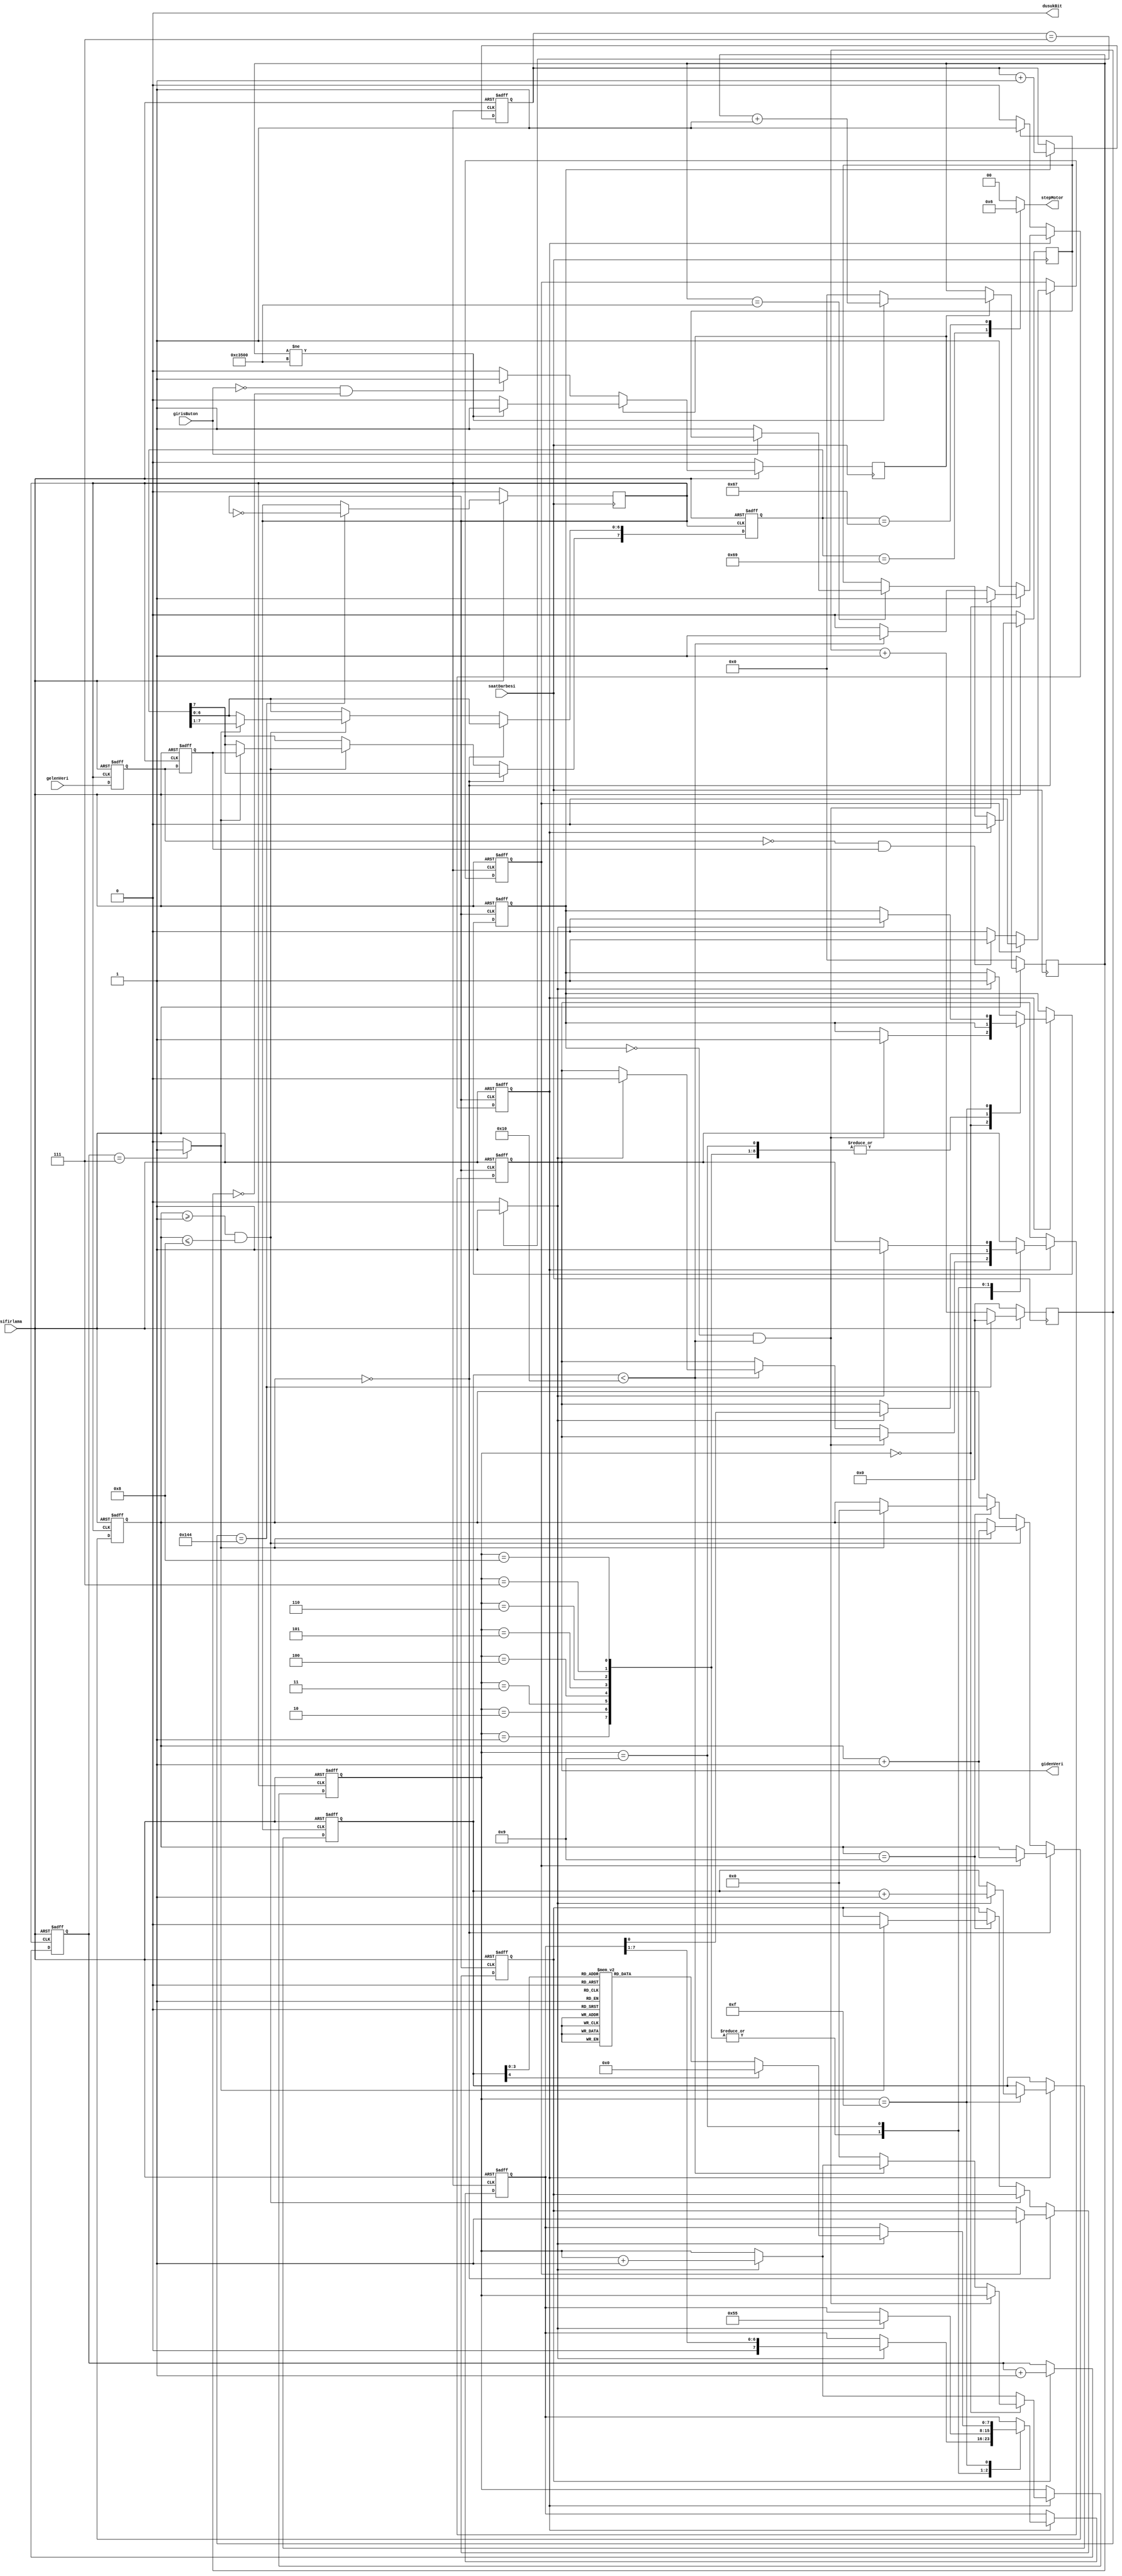
/*******************************************************************************
 * @dosya    Seri Haberleme(RS232 serial) Uygulamas
 * @yazar    Erkan L
 * @srm    V0.0.1
 * @tarih    04-Eyll-2016
 * @zet     Cyclone IV EP4CE6 FPGA Seri Haberleme Uygulamas 
 * 
 * Bu rnek uygulamada, Cyclone IV EP4CE6 FPGA kartn ile Seri Haberleme balants
 * retilecek, bu durumlar Display Gsterge zerinde gsterilecektir edilecektir. 
 ******************************************************************************
 *
 * Bu program zgr yazlmdr: zgr Yazlm Vakf tarafndan yaymlanan GNU 
 * Getkinel Kamu Lisansnn srm 3 ya da (isteinize bal olarak) daha sonraki
 * srmlerinin hkmleri altnda yeniden databilir ve/veya deitirebilirsiniz.
 *
 ******************************************************************************/
module seriHaberlesme(saatDarbesi,sifirlama,gelenVeri,gidenVeri,stepMotor,girisButon,dusukBit);
// seriHaberlesme MODL TANIMI

//-------------Giri Portlar-----------------------------
input 				saatDarbesi,sifirlama;
input 				gelenVeri;
input 				girisButon;

//-------------k Portlar-----------------------------
output[1:0]			stepMotor;
output 				gidenVeri;
output 				dusukBit;

//-------------Parametre Tanmlamalar--------------------
parameter 
	baudBolmeSabiti=16'h145, 	//9600 Baud iin(saatDarbesi 50MHz)
//	baudBolmeSabiti=16'h51, 	//38400 Baud iin(saatDarbesi 50MHz)
//	baudBolmeSabiti=16'hC3, 	//16016 Baud iin(saatDarbesi 50MHz)
	durumi=8'h69,					//i durum stepMotor saat 
	durumg=8'h67;					//2. durum


//-------------k Portlar Veri Tipleri------------------ 
// k portlar bellek eleman(reg-yazma) veya bir tel olabilir	
reg[15:0] 				bolmeKaydedici;
reg[2:0]  				bol8gideniKaydedici;
reg[2:0]  				bol8gelenKaydedici;
reg[3:0] 				gidenDurumu;
reg[3:0] 				gelenDurumu;
reg[7:0] 				gelenVeriTampon;
reg[7:0] 				gidenVeriTampon;
reg[4:0] 				gondermeDurumu;
reg[19:0] 				beklemeSayaci;
reg[1:0] 				stepMotor;

reg 					gidenBaudSaatDarbesi;
reg 					gelenBaudSaatDarbesi;
reg 					baudx8SaatDarbesi;
reg 					gelenBasla;
reg 					gelenBaslaGecici;
reg 					gidenBasla;
reg 					gelenVeriKaydedici1;
reg 					gelenVeriKaydedici2;
reg 					gidenVeriKaydedici;
reg 					beklemeSayaciBasla;
reg 					butonGiris1,butonGiris2;

//-------------Dorusal Tanmlamalar-------------------------
assign gidenVeri=gidenVeriKaydedici;
assign dusukBit=0;

//------------Kod Burada Balamaktadr------------------------- 
// Ana dng blou
// Bu saya ykselen kenar tetiklemeli olduundan,
// Bu blou saatin ykselen kenarna gre tetikleyeceiz.
always@(posedge saatDarbesi)
begin
	if(!sifirlama) 
	begin 
		beklemeSayaci<=0;
		beklemeSayaciBasla<=0;
	 end
	else if(beklemeSayaciBasla) 
	begin
		if(beklemeSayaci!=20'd800000) 
		begin
			beklemeSayaci<=beklemeSayaci+1;
		 end
		else begin
			beklemeSayaci<=0;
			beklemeSayaciBasla<=0;
		 end
	 end
	else begin
		if(!girisButon&&beklemeSayaci==0)
				beklemeSayaciBasla<=1;
	 end
end

always@(posedge saatDarbesi)
begin
	if(!sifirlama) 
		butonGiris1<=0;
	else begin
		if(butonGiris2)
			butonGiris1<=0;
		else if(beklemeSayaci==20'd800000) 
		begin
			if(!girisButon)
				butonGiris1<=1;
		 end
	 end
end

always@(posedge saatDarbesi )
begin
	if(!sifirlama)
		bolmeKaydedici<=0;
	else begin
		if(bolmeKaydedici==baudBolmeSabiti-1)
			bolmeKaydedici<=0;
		else
			bolmeKaydedici<=bolmeKaydedici+1;
	 end
end

always@(posedge saatDarbesi)
begin
	if(!sifirlama)
		baudx8SaatDarbesi<=0;
	else if(bolmeKaydedici==baudBolmeSabiti-1)
		baudx8SaatDarbesi<=~baudx8SaatDarbesi;
end


always@(posedge baudx8SaatDarbesi or negedge sifirlama)
begin
	if(!sifirlama)
		bol8gelenKaydedici<=0;
	else if(gelenBasla)
		bol8gelenKaydedici<=bol8gelenKaydedici+1;
end

always@(posedge baudx8SaatDarbesi or negedge sifirlama)
begin
	if(!sifirlama)
		bol8gideniKaydedici<=0;
	else if(gidenBasla)
		bol8gideniKaydedici<=bol8gideniKaydedici+1;
end

always@(bol8gelenKaydedici)
begin
	if(bol8gelenKaydedici==7)
		gelenBaudSaatDarbesi=1;
	else
		gelenBaudSaatDarbesi=0;
end

always@(bol8gideniKaydedici)
begin
	if(bol8gideniKaydedici==7)
		gidenBaudSaatDarbesi=1;
	else
		gidenBaudSaatDarbesi=0;
end
// Bilgisayara Bilgi Gnderme
always@(posedge baudx8SaatDarbesi or negedge sifirlama)
begin
	if(!sifirlama) begin
		gidenVeriKaydedici<=1;
		gidenBasla<=0;
		gidenVeriTampon<=0;
		gidenDurumu<=0;
		gondermeDurumu<=0;
		butonGiris2<=0;
	 end
	else begin
		if(!butonGiris2) 
		begin
			if(butonGiris1) 
			begin
				butonGiris2<=1;
			 end
		 end
		else  begin
			case(gidenDurumu)
				4'b0000: begin  //BALAMA Biti
					if(!gidenBasla&&gondermeDurumu<16) 
						gidenBasla<=1;
					else if(gondermeDurumu<16) 
					begin
						if(gidenBaudSaatDarbesi) 
						begin
							gidenVeriKaydedici<=0;
							gidenDurumu<=gidenDurumu+1;
						 end
					 end
					else begin
						butonGiris2<=0;
						gidenDurumu<=0;
					 end					
				end		
				4'b0001: begin //0. Giden Bit
					if(gidenBaudSaatDarbesi) 
					begin
						gidenVeriKaydedici<=gidenVeriTampon[0];
						gidenVeriTampon[7:0]<=gidenVeriTampon[7:1];
						gidenDurumu<=gidenDurumu+1;
					 end
				 end
				4'b0010: begin //1. Giden Bit
					if(gidenBaudSaatDarbesi) 
					begin
						gidenVeriKaydedici<=gidenVeriTampon[0];
						gidenVeriTampon[7:0]<=gidenVeriTampon[7:1];
						gidenDurumu<=gidenDurumu+1;
					 end
				 end
				 4'b0011: begin //2. Giden Bit
				 	if(gidenBaudSaatDarbesi) 
					begin
						gidenVeriKaydedici<=gidenVeriTampon[0];
						gidenVeriTampon[7:0]<=gidenVeriTampon[7:1];
						gidenDurumu<=gidenDurumu+1;
					 end
				 end
				4'b0100: begin //3. Giden Bit
					if(gidenBaudSaatDarbesi) 
					begin
						gidenVeriKaydedici<=gidenVeriTampon[0];
						gidenVeriTampon[7:0]<=gidenVeriTampon[7:1];
						gidenDurumu<=gidenDurumu+1;
					 end
				 end
				4'b0101: begin //4. Giden Bit
					if(gidenBaudSaatDarbesi) 
					begin
						gidenVeriKaydedici<=gidenVeriTampon[0];
						gidenVeriTampon[7:0]<=gidenVeriTampon[7:1];
						gidenDurumu<=gidenDurumu+1;
					 end
				 end
				4'b0110: begin //5. Giden Bit
					if(gidenBaudSaatDarbesi) 
					begin
						gidenVeriKaydedici<=gidenVeriTampon[0];
						gidenVeriTampon[7:0]<=gidenVeriTampon[7:1];
						gidenDurumu<=gidenDurumu+1;
					 end
				 end
				4'b0111: begin //6. Giden Bit
					if(gidenBaudSaatDarbesi) 
					begin
						gidenVeriKaydedici<=gidenVeriTampon[0];
						gidenVeriTampon[7:0]<=gidenVeriTampon[7:1];
						gidenDurumu<=gidenDurumu+1;
					 end
				 end
				4'b1000: begin //7. Giden Bit
					if(gidenBaudSaatDarbesi) 
					begin
						gidenVeriKaydedici<=gidenVeriTampon[0];
						gidenVeriTampon[7:0]<=gidenVeriTampon[7:1];
						gidenDurumu<=gidenDurumu+1;
					 end
				 end
				4'b1001: begin //BTRME Biti
					if(gidenBaudSaatDarbesi) 
					begin
						gidenVeriKaydedici<=1;
						gidenVeriTampon<=8'h55;
						gidenDurumu<=gidenDurumu+1;
					 end
				 end
				4'b1111:begin 
					if(gidenBaudSaatDarbesi) 
					begin
						gidenDurumu<=gidenDurumu+1;
						gondermeDurumu<=gondermeDurumu+1;
						gidenBasla<=0;
						case(gondermeDurumu)
							4'b0000:
								gidenVeriTampon<=8'd77;		//"M"
							4'b0001:
								gidenVeriTampon<=8'd101;	//"e"
							4'b0010:
								gidenVeriTampon<=8'd114;	//"r"
							4'b0011:
								gidenVeriTampon<=8'd104;	//"h"
							4'b0100:
								gidenVeriTampon<=8'd97;		//"a"
							4'b0101:
								gidenVeriTampon<=8'd98;		//"b"
							4'b0110:
								gidenVeriTampon<=8'd97;		//"a"
							4'b0111:
								gidenVeriTampon<=8'd32;	//"Boluk"
							4'b1000:
								gidenVeriTampon<=8'd68;		//"D"
							4'b1001:
								gidenVeriTampon<=8'd117;	//"u"
							4'b1010:
								gidenVeriTampon<=8'd110;	//"n"
							4'b1011:
								gidenVeriTampon<=8'd121;	//"y"
							4'b1100:
								gidenVeriTampon<=8'd97;		//"a"
							4'b1101:
								gidenVeriTampon<=8'd10;		//"yeniSatr"
							4'b1110:
								gidenVeriTampon<=8'd13;		//"satrBa/carriageReturn"
							default:
								gidenVeriTampon<=0;
						 endcase
					 end
				 end
				default: begin
					if(gidenBaudSaatDarbesi) 
					begin
						gidenDurumu<=gidenDurumu+1;
						gidenBasla<=1;
					 end
				 end
			 endcase
		 end
	 end
end
// Bilgisayardan Gelen Bilgiyi karlama 
always@(posedge baudx8SaatDarbesi or negedge sifirlama)
begin
	if(!sifirlama) 
	begin
		gelenVeriKaydedici1<=0;
		gelenVeriKaydedici2<=0;
		gelenVeriTampon<=0;
		gelenDurumu<=0;
		gelenBasla<=0;
		gelenBaslaGecici<=0;
	 end
	else  begin
		 gelenVeriKaydedici1<=gelenVeri;
		 gelenVeriKaydedici2<=gelenVeriKaydedici1;
		 if(gelenDurumu==0) 
		 begin
			 if(gelenBaslaGecici==1) 
			 begin
		 		gelenBasla<=1;
		 		gelenBaslaGecici<=0;
				gelenDurumu<=gelenDurumu+1;
		  	  end
		 	 else if(!gelenVeriKaydedici1&&gelenVeriKaydedici2)
				gelenBaslaGecici<=1;
		   end
		 else if(gelenDurumu>=1&&gelenDurumu<=8) 
		 begin
		 	 if(gelenBaudSaatDarbesi) 
			 begin
			 	gelenVeriTampon[7]<=gelenVeriKaydedici2;
				gelenVeriTampon[6:0]<=gelenVeriTampon[7:1];
				gelenDurumu<=gelenDurumu+1;
			  end
		  end
		 else if(gelenDurumu==9) 
		 begin
		 	if(gelenBaudSaatDarbesi) 
			begin
		 		gelenDurumu<=0;
				gelenBasla<=0;
			 end
		  end
	  end
end

always@(gelenVeriTampon)
begin
      case (gelenVeriTampon)
				
		durumi:						 //i durumu
		begin	
			stepMotor<=2'b01;//display gstergeye 1 deeri gnderilmesi
		end
		
		durumg:					 	//g durumu
		begin
			stepMotor<=2'b10;//display gstergeye 2 deeri gnderilmesi 
		end
		
		
		default:
			stepMotor<=2'b00;	// BO DSPLAY
	 endcase
end	

endmodule //  serial MODL SONU